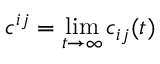
c ^ { i j } = \operatorname* { l i m } _ { t \to \infty } c _ { i j } ( t )